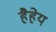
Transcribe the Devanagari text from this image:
हैहेय